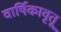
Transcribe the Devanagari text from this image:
वार्षिकावृतू